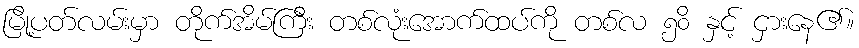
မြို့ပတ်လမ်းမှာ တိုက်အိမ်ကြီး တစ်လုံးအောက်ထပ်ကို တစ်လ ၅၀ိ နှင့် ငှားနေ၏။